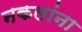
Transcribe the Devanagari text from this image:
नकलांना